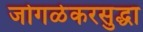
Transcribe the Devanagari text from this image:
जोगळेकरसुद्धा